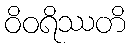
ဝိဝရိဿတိ